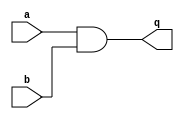
//https://hdlbits.01xz.net/wiki/Sim/circuit1


module top_module (
    input a,
    input b,
    output q );//

    assign q = a&b; // Fix me

endmodule